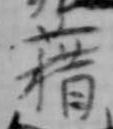
藉